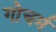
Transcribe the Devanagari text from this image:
गोचर्म